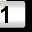
Digit: 1